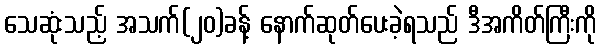
သေဆုံးသည့် အသက်(၂၀)ခန့် နောက်ဆုတ်ပေးခဲ့ရသည် ဒီအကိတ်ကြီးကို